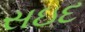
સઇદ